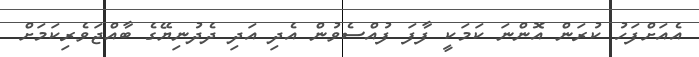
އެއަށްފަހު ކުރަން އޮންނަ ކަމަކީ ފާފަ ފުއްސެވުން އެދި އަދި ދެދުނިޔޭގެ ބާއްޖަވެރިކަމަށް